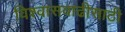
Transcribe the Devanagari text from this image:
विश्‍वासवाढीसाठी